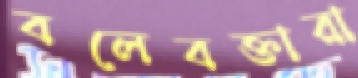
বলেবক্তারা